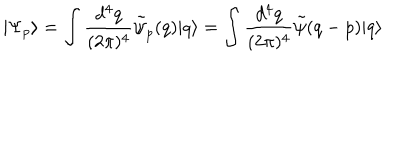
LaTeX: | \Psi _ { p } \rangle = \int \frac { d ^ { 4 } q } { ( 2 \pi ) ^ { 4 } } \tilde { \psi } _ { p } ( q ) | q \rangle = \int \frac { d ^ { 4 } q } { ( 2 \pi ) ^ { 4 } } \tilde { \psi } ( q - p ) | q \rangle